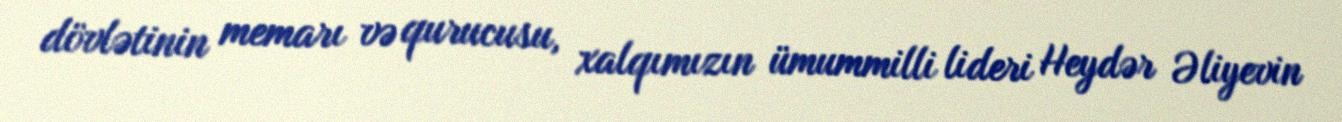
dövlətinin memarı və qurucusu, xalqımızın ümummilli lideri Heydər Əliyevin